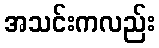
အသင်းကလည်း